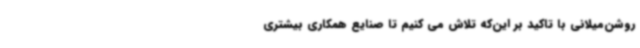
روشن‌میلانی با تاکید بر این‌که تلاش می کنیم تا صنایع همکاری بیشتری